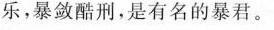
乐,暴敛酷刑,是有名的暴君。